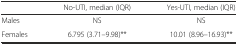
<table><thead><tr><td></td><td><b>No-UTI, median (IQR)</b></td><td><b>Yes-UTI, median (IQR)</b></td></tr></thead><tbody><tr><td>Males</td><td>NS</td><td>NS</td></tr><tr><td>Females</td><td>6.795 (3.71–9.98)**</td><td>10.01 (8.96–16.93)**</td></tr></tbody></table>